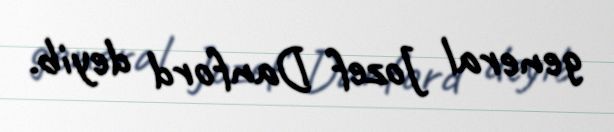
general Jozef Danford deyib.